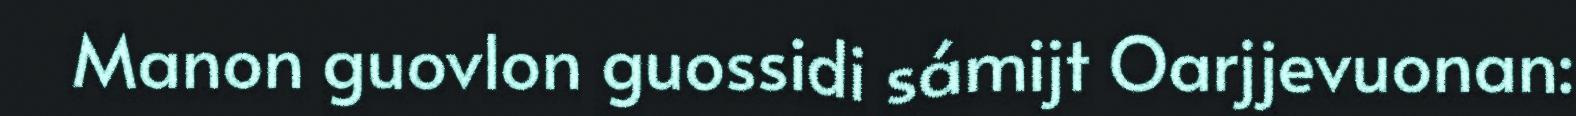
Manon guovlon guossidi sámijt Oarjjevuonan: